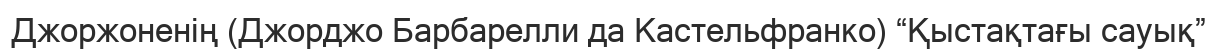
Джоржоненің (Джорджо Барбарелли да Кастельфранко) “Қыстақтағы сауық”